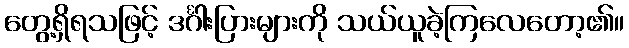
တွေ့ရှိရသဖြင့် ဒင်္ဂါးပြားများကို သယ်ယူခဲ့ကြလေတော့၏။